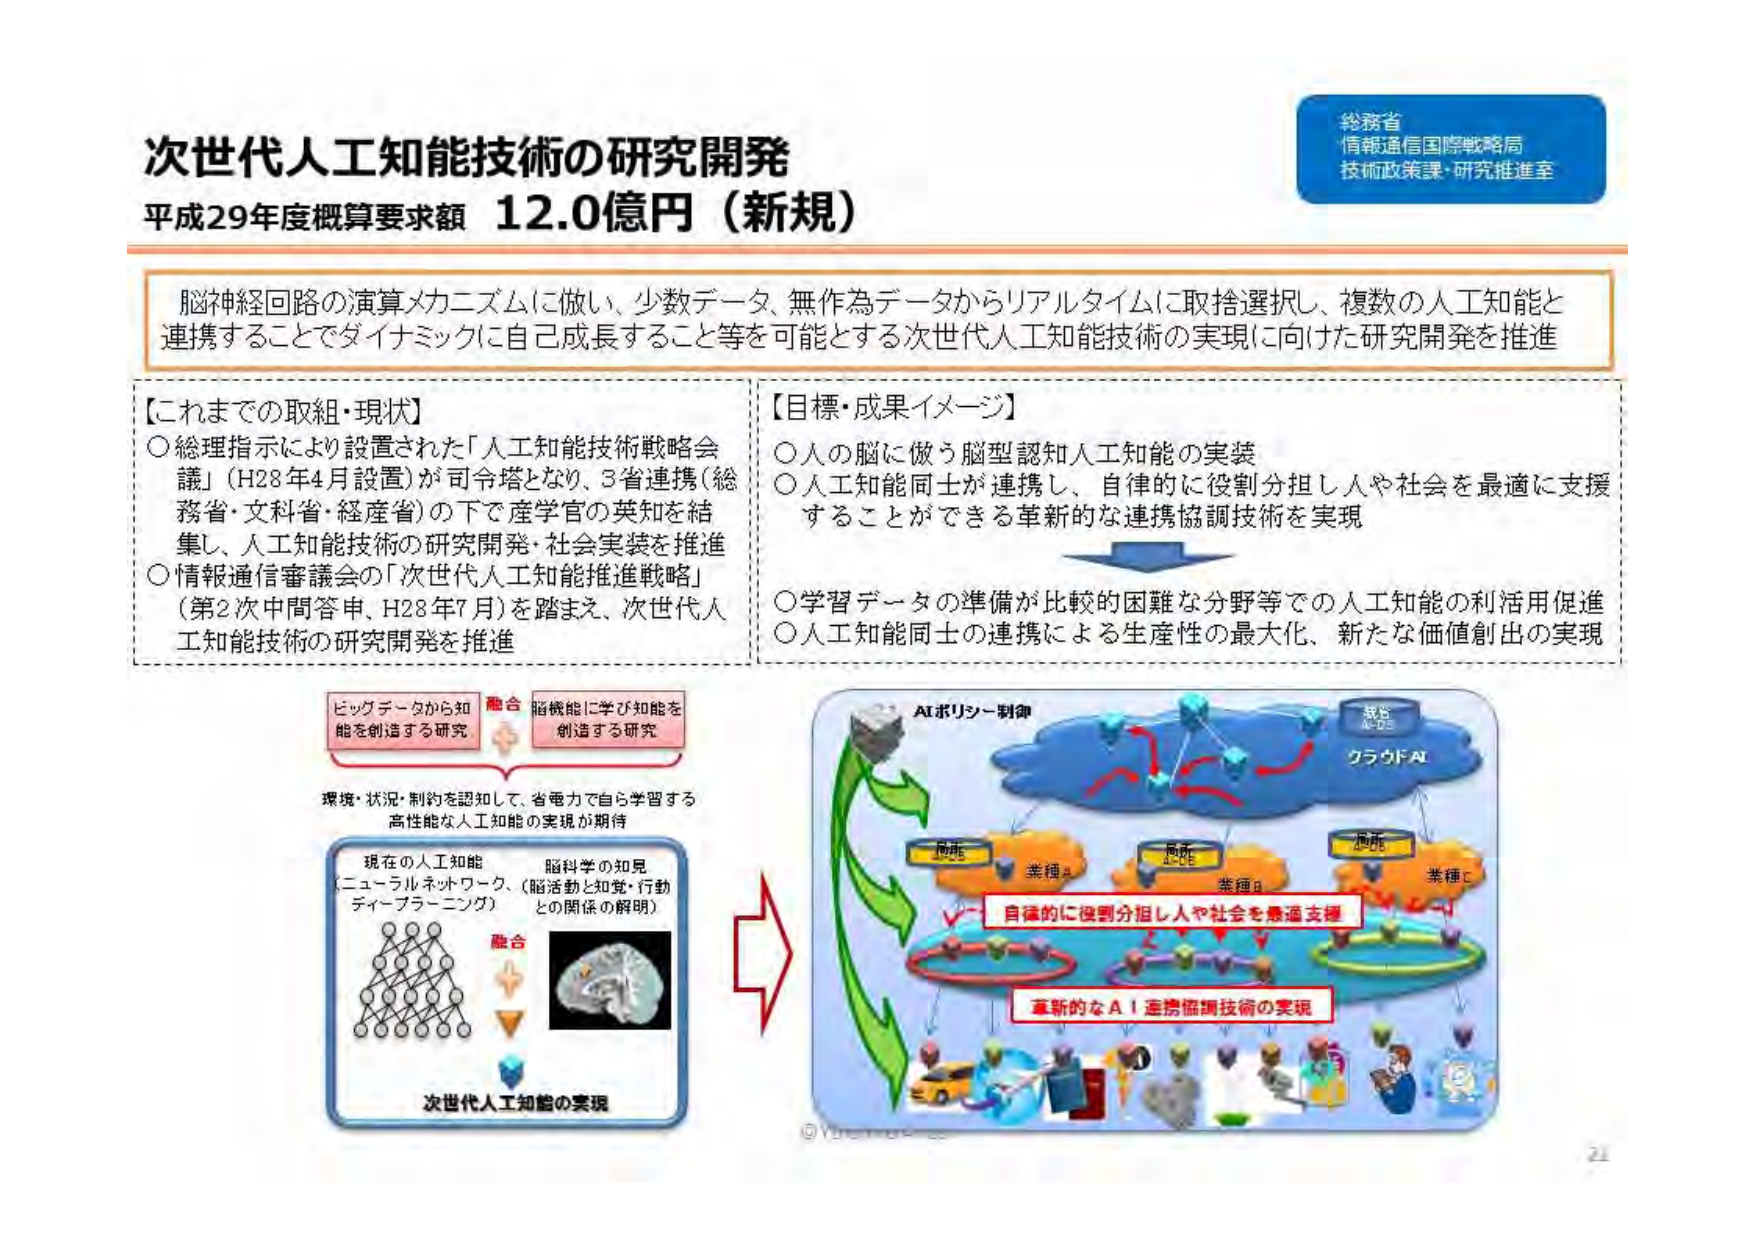
次世代人工知能技術の研究開発
平成29年度概算要求額 12.0億円（新規）

総務省
情報通信国際戦略局
技術政策課・研究推進室

脳神経回路の演算メカニズムに倣い、少数データ、無作為データからリアルタイムに取捨選択し、複数の人工知能と連携することでダイナミックに自己成長すること等を可能とする次世代人工知能技術の実現に向けた研究開発を推進

【これまでの取組・現状】
○ 総理指示により設置された「人工知能技術戦略会議」（H28年4月設置）が司令塔となり、3省連携（総務省・文科省・経産省）の下で産学官の英知を結集し、人工知能技術の研究開発・社会実装を推進
○ 情報通信審議会の「次世代人工知能推進戦略」（第2次中間答申、H28年7月）を踏まえ、次世代人工知能技術の研究開発を推進

【目標・成果イメージ】
○ 人の脳に倣う脳型認知人工知能の実装
○ 人工知能同士が連携し、自律的に役割分担し人や社会を最適に支援することができる革新的な連携協調技術を実現
○ 学習データの準備が比較的困難な分野等での人工知能の利活用促進
○ 人工知能同士の連携による生産性の最大化、新たな価値創出の実現

ビッグデータから知能を創造する研究
融合
脳機能に学び知能を創造する研究

環境・状況・制約を認知して、省電力で自ら学習する高性能な人工知能の実現が期待

現在の人工知能
（ニューラルネットワーク、ディープラーニング）
脳科学の知見
（脳活動と知覚・行動との関係の解明）
融合
次世代人工知能の実現

AIポリシー制御
クラウドAI
業種A
業種B
業種C
自発的に役割分担し人や社会を最適支援
革新的なAI連携協調技術の実現

©YOSHIDA & CO.
21